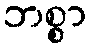
ဘစ္စာ